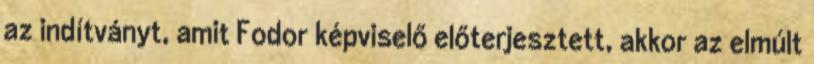
az indítványt, amit Fodor képviselő előterjesztett, akkor az elmúlt